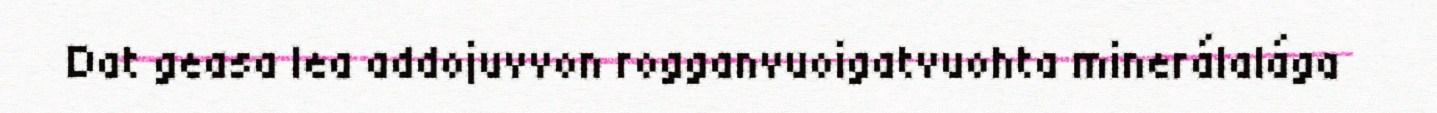
Dat geasa lea addojuvvon rogganvuoigatvuohta minerálalága